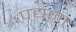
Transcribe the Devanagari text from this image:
पद्यजा